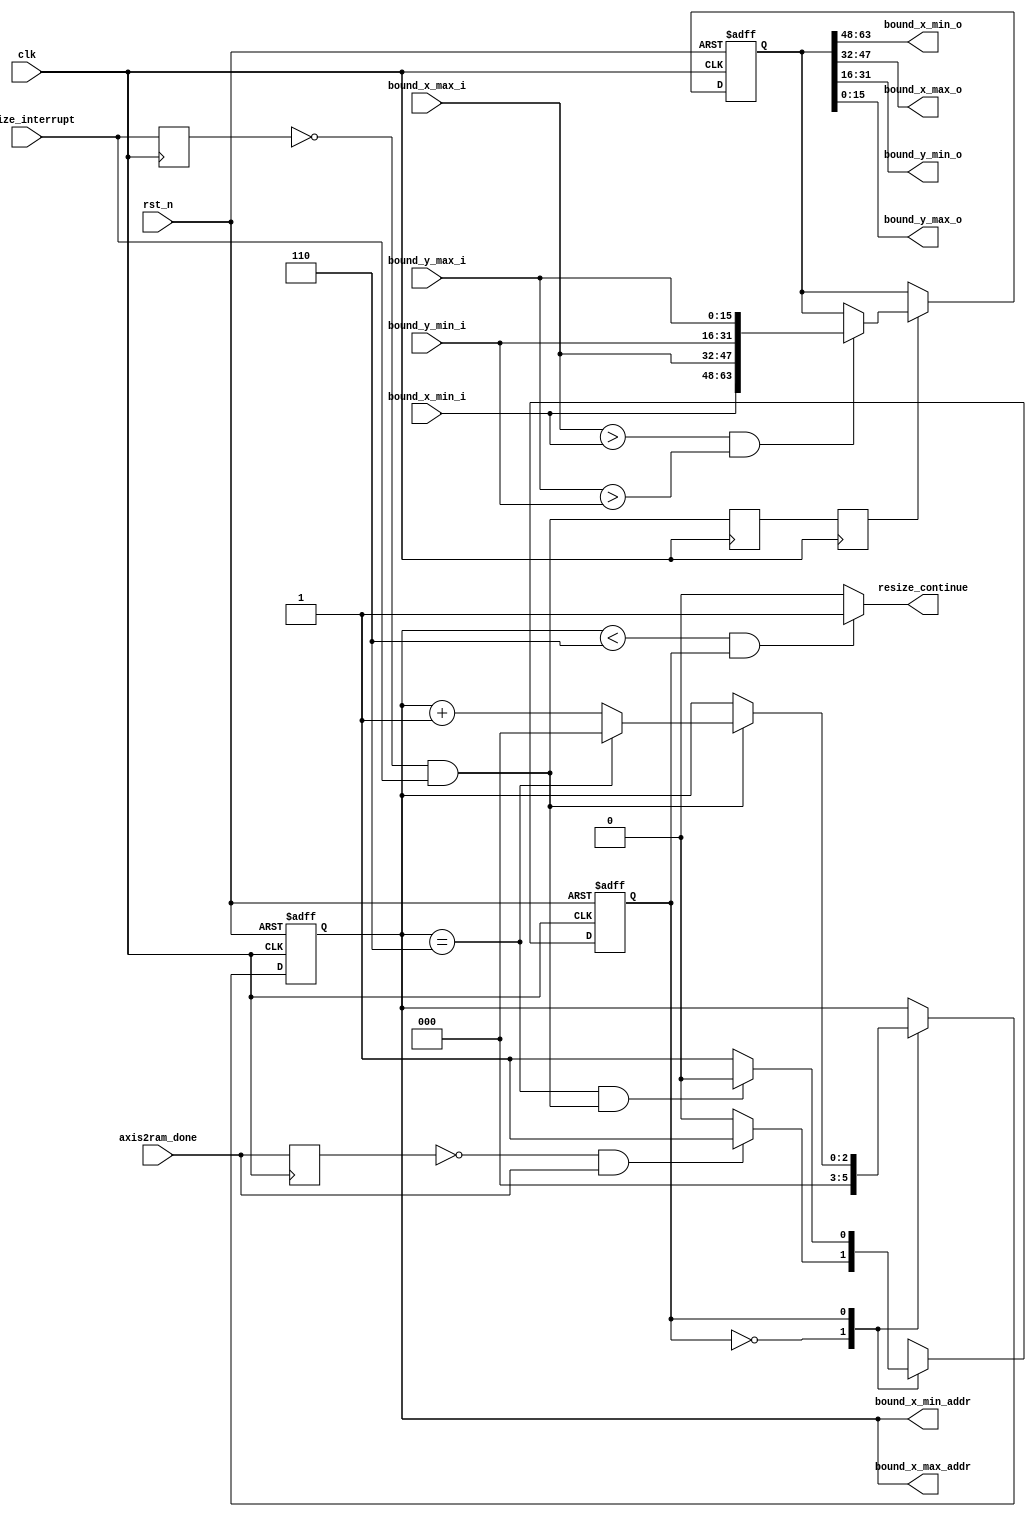
`timescale 1ns / 1ps
//////////////////////////////////////////////////////////////////////////////////
// Company: 
// Engineer: 
// 
// Design Name: 
// Module Name: resize_ctrl
// Project Name: 
// Target Devices: 
// Tool Versions: 
// Description: 
// 
// Dependencies: 
// 
// Revision:
// Revision 0.01 - File Created
// Additional Comments:
// 
//////////////////////////////////////////////////////////////////////////////////


module resize_ctrl #(
	parameter ALL_CHAR = 1,
	parameter CHAR_NUM = 7
	)(
	input clk,
	input rst_n,

	/* axis2ram  */
	input axis2ram_done,

	/* resize  */
	output resize_continue,

	/* bound ram  */
	input  [15:0] bound_x_min_i,
	input  [15:0] bound_x_max_i,
	input  [15:0] bound_y_min_i,
	input  [15:0] bound_y_max_i,

	output [2:0] bound_x_min_addr,
	output [2:0] bound_x_max_addr,

	/* resize  */
	input resize_interrupt,
	// input [9:0] resize_o_addr,
	// input resize_o_ce,
	// input resize_o_we,
	// input resize_o_d,	
	


	/* resize  */
	output  [15:0] bound_x_min_o,
	output  [15:0] bound_x_max_o,
	output  [15:0] bound_y_min_o,
	output  [15:0] bound_y_max_o

	// output [12:0] resize_ram_i_addr,
	// output resize_ram_i_ce,
	// output resize_ram_i_we,
	// output resize_ram_i_d
    );

	// parameter RESIZE_INDEX_MAX = 28*28;
	// 
	localparam [0:0] IDLE = 1'b0;
	localparam [0:0] RESIZE_ON = 1'b1;

	reg [2:0] character_index = 0;
	reg [2:0] character_index_r0 = 0;
	reg [2:0] character_index_r1 = 0;
	reg [2:0] character_index_r2 = 0;

	reg [9:0] resize_o_addr_r0 = 'b0;
	reg resize_o_ce_r0 = 'b0;
	reg resize_o_we_r0 = 'b0;
	reg [0:0] resize_o_d_r0 = 'b0;

	reg [9:0] resize_o_addr_r1 = 'b0;
	reg resize_o_ce_r1 = 'b0;
	reg resize_o_we_r1 = 'b0;
	reg [0:0] resize_o_d_r1 = 'b0;

	wire resize_end;
	wire resize_start;

	wire [63:0] ram_i_pack;
	reg [63:0] ram_i_pack_r;
	reg resize_end_r1 = 'b0;
	reg resize_end_r2 = 'b0;
	reg resize_end_r3 = 'b0;
	reg resize_end_r4 = 'b0;
	reg resize_end_r5 = 'b0;
	reg resize_end_r6 = 'b0;

	wire  [15:0] bound_x_min_i_delay;
	wire  [15:0] bound_x_max_i_delay;
	wire  [15:0] bound_y_min_i_delay;
	wire  [15:0] bound_y_max_i_delay;
	wire   bound_y_min_ap_vld_i_delay;
	wire   bound_y_max_ap_vld_i_delay;

	reg resize_interrupt_r0;
	// reg resize_interrupt_r1;
	// reg resize_interrupt_r2;
	wire resize_interrupt_p; // 

	reg axis2ram_done_delay;
	wire axis2ram_done_r;

	reg [0:0] fsm_state;

	always @(posedge clk) begin : proc_resize_interrupt_r0
		resize_interrupt_r0 <= resize_interrupt;
		axis2ram_done_delay <= axis2ram_done;
		// resize_interrupt_r1 <= resize_interrupt_r0;
		// resize_interrupt_r2 <= resize_interrupt_r1;
	end
	assign resize_interrupt_p = (!resize_interrupt_r0)&&(resize_interrupt);
	assign axis2ram_done_r = (!axis2ram_done_delay)&&(axis2ram_done);

	assign resize_end = resize_interrupt_p;
	assign resize_start = axis2ram_done_r;

/*			always @(posedge clk or negedge rst_n) begin
				if(~rst_n) begin
					character_index <= 0;
				end else if(resize_end) begin
					if(character_index == CHAR_NUM - 1) begin
						character_index <= 'b0;
					end else begin 
						character_index <= character_index + 'b1;
					end
				end
			end*/

	always @(posedge clk or negedge rst_n) begin : proc_fsm_state
		if(~rst_n) begin
			fsm_state <= IDLE;
		end else begin
			case (fsm_state)
				IDLE : begin 
					if(resize_start) begin
						fsm_state <= RESIZE_ON;
					end else begin 
						fsm_state <= IDLE;
					end
				end
				RESIZE_ON : begin 
					if((character_index == CHAR_NUM - 1) && (resize_end)) begin
						fsm_state <= IDLE;
					end else begin 
						fsm_state <= RESIZE_ON;
					end
				end
				default : fsm_state <= IDLE;
			endcase
		end
	end

	always @(posedge clk or negedge rst_n) begin : proc_character_index
		if(~rst_n) begin
			character_index <= 0;
		end else begin
			case (fsm_state)
				IDLE : begin 
					character_index <= 0;
				end
				RESIZE_ON : begin 
					if(resize_end) begin
						if(character_index == CHAR_NUM - 1) begin
							character_index <= 'b0;
						end else begin 
							character_index <= character_index + 'b1;
						end
					end
				end
				default : character_index <= 0;
			endcase
		end
	end

	always @(posedge clk) begin : proc_character_index_r1
		character_index_r0 <= character_index;
		character_index_r1 <= character_index_r0;
		character_index_r2 <= character_index_r1;
	end

	/* 2clk */
	assign ram_i_pack = {bound_x_min_i, bound_x_max_i, bound_y_min_i, bound_y_max_i};

	always @(posedge clk) begin
		resize_end_r1 <= resize_end;
		resize_end_r2 <= resize_end_r1;
	end

	always @(posedge clk or negedge rst_n) begin : proc_ram_i_pack_r
		if(~rst_n) begin
			ram_i_pack_r <= {16'd100, 16'd300, 16'd100, 16'd300};
		end else if(resize_end_r2) begin // && (ram_i_pack != 0)
			if((bound_x_max_i > bound_x_min_i) && (bound_y_max_i > bound_y_min_i)) begin//(bound_x_max_i - bound_x_min_i > 0) && (bound_y_max_i - bound_y_max_i > 0) 
				ram_i_pack_r <= ram_i_pack;
			end
		end
	end

	assign {bound_x_min_i_delay, bound_x_max_i_delay, bound_y_min_i_delay, bound_y_max_i_delay} = ram_i_pack_r;

	assign bound_x_min_o = bound_x_min_i_delay;
	assign bound_x_max_o = bound_x_max_i_delay;
	assign bound_y_min_o = bound_y_min_i_delay;
	assign bound_y_max_o = bound_y_max_i_delay;

	assign bound_x_min_addr = character_index; // just for test
	assign bound_x_max_addr = character_index; // just for test

	assign resize_continue = ((character_index < CHAR_NUM - 1) && fsm_state == RESIZE_ON) ? 1'b1 : 1'b0;

	// assign resize_ram_i_addr = {character_index_r1, resize_o_addr_r1}; // just for test
	// assign resize_ram_i_ce = resize_o_ce_r1;
	// assign resize_ram_i_we = resize_o_we_r1;
	// assign resize_ram_i_d = resize_o_d_r1;

endmodule